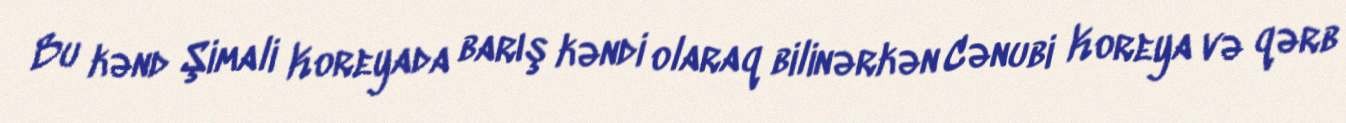
Bu kənd Şimali Koreyada barış kəndi olaraq bilinərkən Cənubi Koreya və qərb